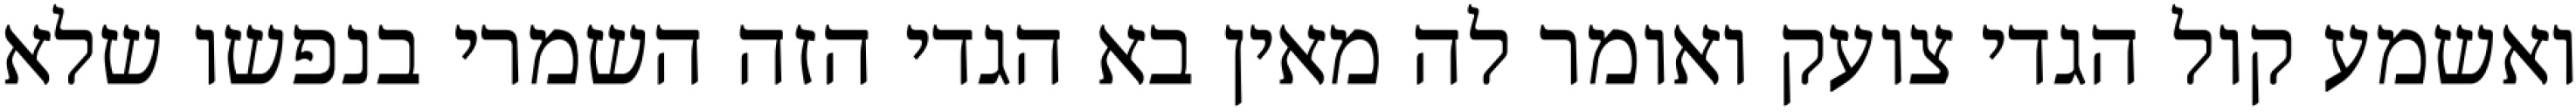
ואשמע קול הגדי צועק ואומר לה מאין בא הגדי הזה השמרי בנפשו שלא